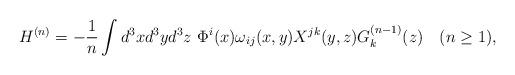
LaTeX: \begin{align*}H^{(n)} = -\frac{1}{n} \int d^3 x d^3 y d^3 z~ \Phi^i(x) \omega_{ij}(x,y) X^{jk}(y,z) G_k^{(n-1)}(z) ~~~(n \geq 1),\end{align*}